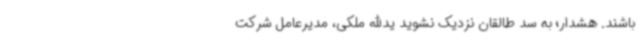
باشند. هشدار؛ به سد طالقان نزدیک نشوید یدالله ملکی، مدیرعامل شرکت